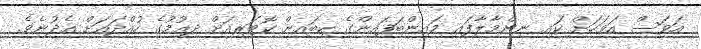
އަވަސް އަވަހަށް ކައި ނިންމާލާފައި މައިންބަފައިންގެ ކިބައިން ކޮޓަރިއަށް ދިއުމުގެ ހުއްދައަށް އެދުނެވެ.